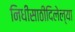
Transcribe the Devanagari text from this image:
निधीसाठीदिलेल्या